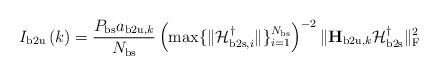
LaTeX: \begin{align*}I_{\mathrm{b2u}} \left( k \right)= \frac{P_{\mathrm{bs}} a_{\mathrm{b2u},k}}{N_{\mathrm{bs}}} \left(\max \{ \|\mathcal{H}^{\dagger}_{\mathrm{b2s},i} \| \}_{i=1}^{N_{\mathrm{bs}}} \right)^{-2} \| \mathbf{H}_{\mathrm{b2u},k} \mathcal{H}^{\dagger}_{\mathrm{b2s}} \|_\mathrm{F}^2 \end{align*}